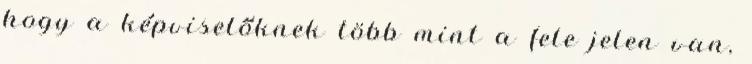
hogy a képviselőknek több mint a fele jelen van,